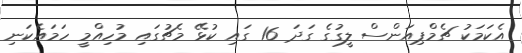
އެކަމަކު ޗެމްޕިއަންސް ލީގުގެ ގަދަ 16 ގައި ކުޅޭ މެޗުގައި މުހިއްމީ ހަމައެކަނި